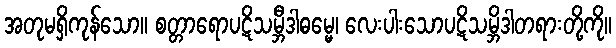
အတုမရှိကုန်သော။ စတ္တာရောပဋိသမ္ဘီဒါဓမ္မေ၊ လေးပါးသောပဋိသမ္ဘိဒါတရားတို့ကို။